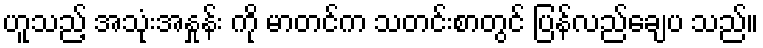
ဟူသည့် အသုံးအနှုန်း ကို မာတင်က သတင်းစာတွင် ပြန်လည်ချေပ သည်။